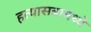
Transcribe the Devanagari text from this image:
हत्यासत्रामध्ये